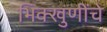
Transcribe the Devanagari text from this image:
भिक्खुणींचे